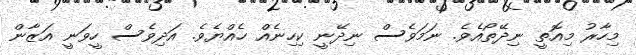
މިހާރު މިއޮތީ ނިދޭތޯއެވެ. ނަމަވެސް ނިދޭނީ ކިހިނެއް ހެއްޔެވެ. އަދިވެސް ހީވަނީ އަޒާން